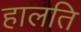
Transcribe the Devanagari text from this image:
हालति